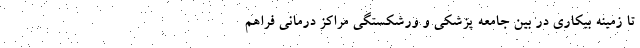
تا زمینه بیکاری در بین جامعه پزشکی و ورشکستگی مراکز درمانی فراهم